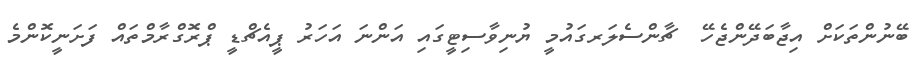
ބޭނުންތަކަށް އިޖާބަދޭންޖެހޭ  ޗާންސެލަރގައުމީ ޔުނިވާސިޓީގައި އަންނަ އަހަރު ޕީއެޗްޑީ ޕްރޮގްރާމްތައް ފަށަނީކޮންމެ